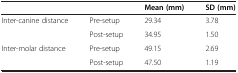
| <COLSPAN=2>  | Mean (mm) | SD (mm) |
 | --- | --- | --- | --- |
 | <ROWSPAN=2> Inter-canine distance | Pre-setup | 29.34 | 3.78 |
 | Post-setup | 34.95 | 1.50 |
 | <ROWSPAN=2> Inter-molar distance | Pre-setup | 49.15 | 2.69 |
 | Post-setup | 47.50 | 1.19 |